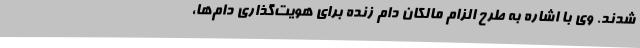
شدند. وی با اشاره به طرح الزام مالکان دام زنده برای هویت‌گذاری دام‌ها،